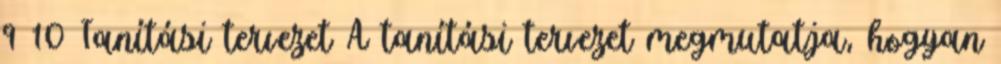
9 10 Tanítási tervezet A tanítási tervezet megmutatja, hogyan